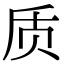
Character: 质